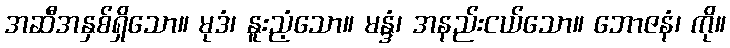
အဆီအနှစ်ရှိသော။ မုဒံ၊ နူးညံ့သော။ မန္ဒံ၊ အနည်းငယ်သော။ ဘောဇနံ၊ ကို။